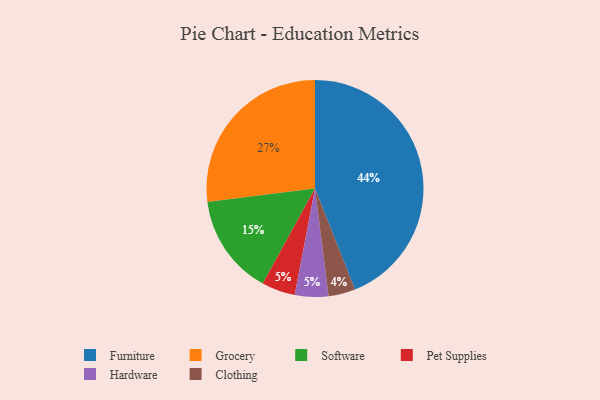
{"axis": {"x": "Category", "y": "Percentage"}, "legend": ["Clothing", "Furniture", "Grocery", "Hardware", "Pet Supplies", "Software"], "data": [{"x": "Grocery", "y": 27, "type": "Grocery"}, {"x": "Software", "y": 15, "type": "Software"}, {"x": "Pet Supplies", "y": 5, "type": "Pet Supplies"}, {"x": "Hardware", "y": 5, "type": "Hardware"}, {"x": "Furniture", "y": 44, "type": "Furniture"}, {"x": "Clothing", "y": 4, "type": "Clothing"}]}